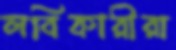
লবিকারীরা